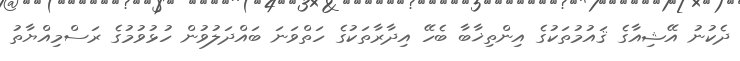
ދެކުނު އޭޝިއާގެ ޤައުމުތަކުގެ އިންތިޚާބާ ބެހޭ އިދާރާތަކުގެ ހަތްވަނަ ބައްދަލުވުން ހުޅުވުމުގެ ރަސްމިއްޔާތު